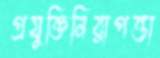
প্রযুক্তিনিরাপত্তা